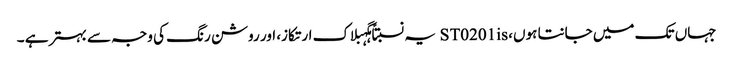
جہاں تک میں جانتا ہوں، ST0201is یہ نسبتاً ہگہبلاک ارتکاز، اور روشن رنگ کی وجہ سے بہتر ہے ۔